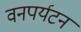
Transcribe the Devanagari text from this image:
वनपर्यटन